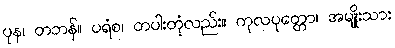
ပုန၊ တဘန်။ ပရံစ၊ တပါးတုံလည်း။ ကုလပုတ္တော၊ အမျိုးသား